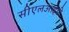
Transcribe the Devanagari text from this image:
सीएलआईडी